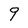
Character: 9